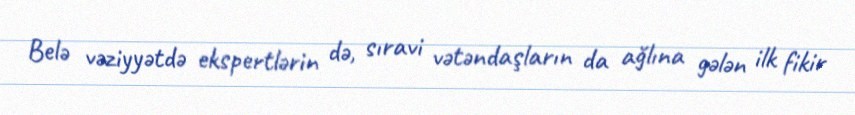
Belə vəziyyətdə ekspertlərin də, sıravi vətəndaşların da ağlına gələn ilk fikir